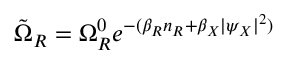
\tilde { \Omega } _ { R } = \Omega _ { R } ^ { 0 } e ^ { - ( \beta _ { R } n _ { R } + \beta _ { X } | \psi _ { X } | ^ { 2 } ) }